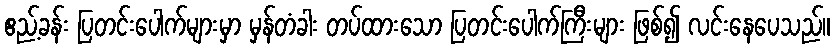
ဧည့်ခန်း ပြတင်းပေါက်များမှာ မှန်တံခါး တပ်ထားသော ပြတင်းပေါက်ကြီးများ ဖြစ်၍ လင်းနေပေသည်။